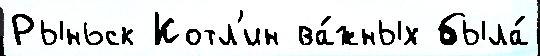
Рыньск Котл'ин ва́жных была́